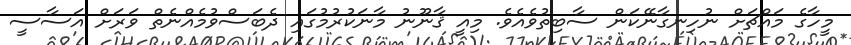
މީހާގެ މައްޗަށް ނުހިނގާނޭކަން ސާބިތުވެއެވެ. މިއީ ޤާނޫނު މާނަކުރުމުގައި ދެބަސްވުމެއްނެތް ވަރަށް އަސާސީ